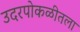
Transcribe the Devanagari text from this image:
उदरपोकळीतला